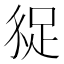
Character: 𧿗